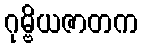
ဂုမ္ဗိယဇာတက